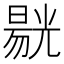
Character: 𱏭